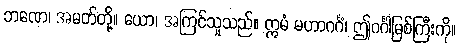
ဘဏေ၊ အမတ်တို့။ ယော၊ အကြင်သူသည်။ ဣမံ မဟာဂင်္ဂံ၊ ဤဂင်္ဂါမြစ်ကြီးကို။